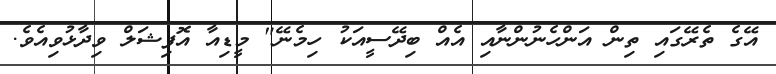
އޭގެ ތެރޭގައި ތިން އަންހެނުންނާއި އެއް ބިދޭސީއަކު ހިމެނޭ" މީޑިއާ އޮފިޝަލް ވިދާޅުވިއެވެ.